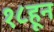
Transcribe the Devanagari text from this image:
१८हून